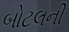
બોટલની